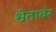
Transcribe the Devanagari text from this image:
श्वेताबंर